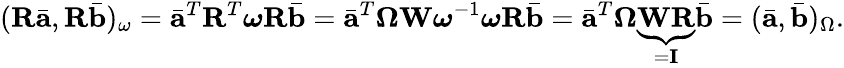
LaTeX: (\mathbf{R}\bar{\mathbf{a}},\mathbf{R}\bar{\mathbf{b}})_{\omega}=\bar{\mathbf{a}}^{T}\mathbf{R}^{T}\boldsymbol{\omega}\mathbf{R}\bar{\mathbf{b}}=\bar{\mathbf{a}}^{T}\boldsymbol{\Omega}\mathbf{W}\boldsymbol{\omega}^{-1}\boldsymbol{\omega}\mathbf{R}\bar{\mathbf{b}}=\bar{\mathbf{a}}^{T}\boldsymbol{\Omega}\underbrace{\mathbf{W}\mathbf{R}}_{=\mathbf{I}}\bar{\mathbf{b}}=(\bar{\mathbf{a}},\bar{\mathbf{b}})_{\Omega}.